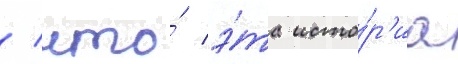
/ что́ э́та исто́р'иа